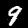
Digit: 9